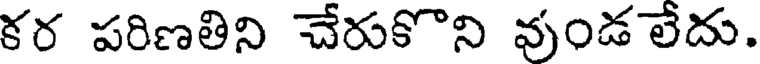
కర పరిణతిని చేరుకొని వుండ లేదు.